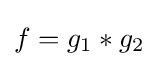
f=g_{1}\ast g_{2}